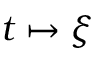
t \mapsto \xi